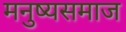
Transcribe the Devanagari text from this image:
मनुष्यसमाज